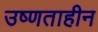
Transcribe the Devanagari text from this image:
उष्णताहीन